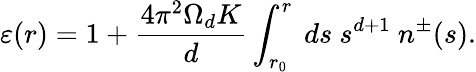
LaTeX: \varepsilon(r)=1+\frac{4\pi^{2}\Omega_{d}K}{d}\int_{r_{0}}^{r}~ds~s^{d+1}~n^{\pm}(s).